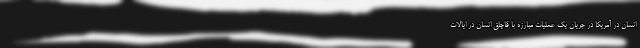
انسان در آمریکا در جریان یک عملیات‌ مبارزه با قاچاق انسان در ایالات